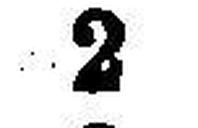
2